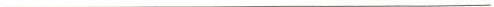
___